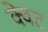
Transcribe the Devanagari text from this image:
क्वेट